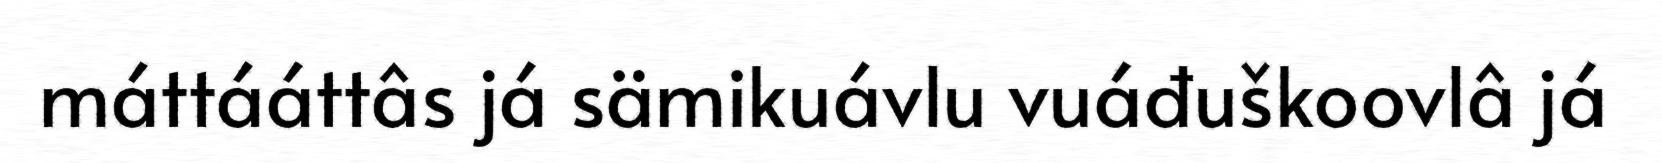
máttááttâs já sämikuávlu vuáđuškoovlâ já